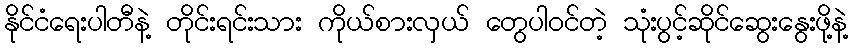
နိုင်ငံရေးပါတီနဲ့ တိုင်းရင်းသား ကိုယ်စားလှယ် တွေပါဝင်တဲ့ သုံးပွင့်ဆိုင်ဆွေးနွေးဖို့နဲ့